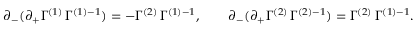
\partial _ { - } ( \partial _ { + } \Gamma ^ { ( 1 ) } \, \Gamma ^ { ( 1 ) - 1 } ) = - \Gamma ^ { ( 2 ) } \, \Gamma ^ { ( 1 ) - 1 } , \qquad \partial _ { - } ( \partial _ { + } \Gamma ^ { ( 2 ) } \, \Gamma ^ { ( 2 ) - 1 } ) = \Gamma ^ { ( 2 ) } \, \Gamma ^ { ( 1 ) - 1 } .